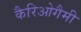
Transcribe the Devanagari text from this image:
कैरिओगैमी